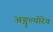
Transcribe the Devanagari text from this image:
अङ्गुल्योरेव